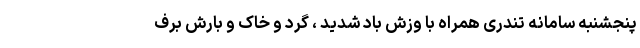
پنجشنبه سامانه تندری همراه با وزش باد شدید ، گرد و خاک و بارش برف